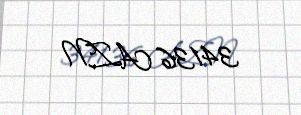
34136 AZN